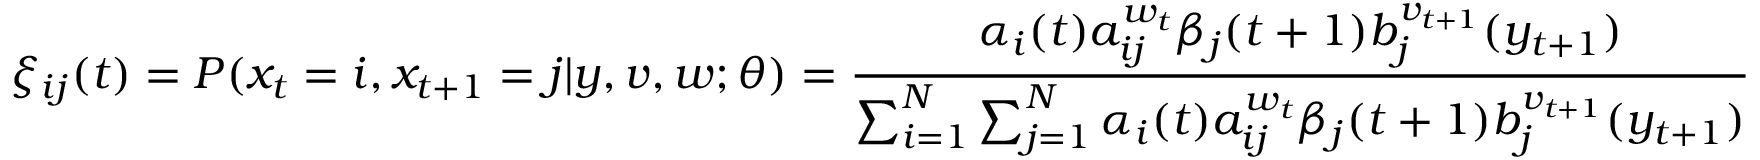
\xi _ { i j } ( t ) = P ( x _ { t } = i , x _ { t + 1 } = j | y , v , w ; \theta ) = { \frac { \alpha _ { i } ( t ) a _ { i j } ^ { w _ { t } } \beta _ { j } ( t + 1 ) b _ { j } ^ { v _ { t + 1 } } ( y _ { t + 1 } ) } { \sum _ { i = 1 } ^ { N } \sum _ { j = 1 } ^ { N } \alpha _ { i } ( t ) a _ { i j } ^ { w _ { t } } \beta _ { j } ( t + 1 ) b _ { j } ^ { v _ { t + 1 } } ( y _ { t + 1 } ) } }